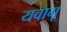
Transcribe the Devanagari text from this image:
यवागू